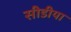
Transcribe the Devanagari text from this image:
सीडीया